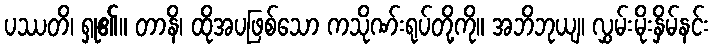
ပဿတိ၊ ရှု၏။ တာနိ၊ ထိုအပဖြစ်သော ကသိုဏ်းရုပ်တို့ကို။ အဘိဘုယျ၊ လွှမ်းမိုးနှိမ်နင်း